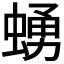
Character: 𧍛